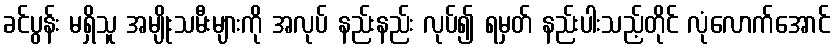
ခင်ပွန်း မရှိသူ အမျိုးသမီးများကို အလုပ် နည်းနည်း လုပ်၍ ရမှတ် နည်းပါးသည့်တိုင် လုံလောက်အောင်